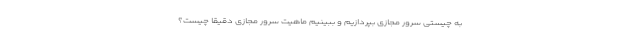
به چیستی سرور مجازی بپردازیم و ببینیم ماهیت سرور مجازی دقیقا چیست؟